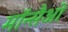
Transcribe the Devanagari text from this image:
मॉन्सैओ